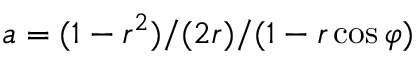
a = ( 1 - r ^ { 2 } ) / ( 2 r ) / ( 1 - r \cos \varphi )